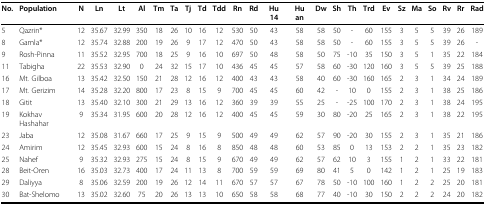
<table><thead><tr><td><b>No.</b></td><td><b>Population</b></td><td><b>N</b></td><td><b>Ln</b></td><td><b>Lt</b></td><td><b>Al</b></td><td><b>Tm</b></td><td><b>Ta</b></td><td><b>Tj</b></td><td><b>Td</b></td><td><b>Tdd</b></td><td><b>Rn</b></td><td><b>Rd</b></td><td><b>Hu 14</b></td><td><b>Hu an</b></td><td><b>Dw</b></td><td><b>Sh</b></td><td><b>Th</b></td><td><b>Trd</b></td><td><b>Ev</b></td><td><b>Sz</b></td><td><b>Ma</b></td><td><b>So</b></td><td><b>Rv</b></td><td><b>Rr</b></td><td><b>Rad</b></td></tr></thead><tbody><tr><td>5</td><td>Qazrin*</td><td>12</td><td>35.67</td><td>32.99</td><td>350</td><td>18</td><td>26</td><td>10</td><td>16</td><td>12</td><td>530</td><td>50</td><td>43</td><td>58</td><td>58</td><td>50</td><td>-</td><td>60</td><td>155</td><td>3</td><td>5</td><td>5</td><td>39</td><td>26</td><td>189</td></tr><tr><td>8</td><td>Gamla*</td><td>12</td><td>35.74</td><td>32.88</td><td>200</td><td>19</td><td>26</td><td>9</td><td>17</td><td>12</td><td>470</td><td>50</td><td>43</td><td>58</td><td>58</td><td>50</td><td>-</td><td>60</td><td>155</td><td>3</td><td>5</td><td>5</td><td>39</td><td>26</td><td>-</td></tr><tr><td>9</td><td>Rosh-Pinna</td><td>11</td><td>35.52</td><td>32.95</td><td>700</td><td>18</td><td>25</td><td>9</td><td>16</td><td>10</td><td>697</td><td>50</td><td>48</td><td>58</td><td>50</td><td>75</td><td>-10</td><td>35</td><td>150</td><td>3</td><td>5</td><td>1</td><td>35</td><td>22</td><td>184</td></tr><tr><td>11</td><td>Tabigha</td><td>22</td><td>35.53</td><td>32.90</td><td>0</td><td>24</td><td>32</td><td>15</td><td>17</td><td>10</td><td>436</td><td>45</td><td>45</td><td>57</td><td>58</td><td>60</td><td>-30</td><td>120</td><td>160</td><td>3</td><td>5</td><td>5</td><td>39</td><td>25</td><td>188</td></tr><tr><td>16</td><td>Mt. Gilboa</td><td>13</td><td>35.42</td><td>32.50</td><td>150</td><td>21</td><td>28</td><td>12</td><td>16</td><td>12</td><td>400</td><td>43</td><td>43</td><td>58</td><td>40</td><td>60</td><td>-30</td><td>160</td><td>165</td><td>2</td><td>3</td><td>1</td><td>34</td><td>24</td><td>189</td></tr><tr><td>17</td><td>Mt. Gerizim</td><td>14</td><td>35.28</td><td>32.20</td><td>800</td><td>17</td><td>23</td><td>8</td><td>15</td><td>9</td><td>700</td><td>45</td><td>45</td><td>60</td><td>42</td><td>-</td><td>10</td><td>0</td><td>155</td><td>2</td><td>3</td><td>1</td><td>38</td><td>25</td><td>186</td></tr><tr><td>18</td><td>Gitit</td><td>13</td><td>35.40</td><td>32.10</td><td>300</td><td>21</td><td>29</td><td>13</td><td>16</td><td>12</td><td>360</td><td>39</td><td>39</td><td>55</td><td>25</td><td>-</td><td>-25</td><td>100</td><td>170</td><td>2</td><td>3</td><td>1</td><td>38</td><td>24</td><td>195</td></tr><tr><td>19</td><td>Kokhav Hashahar</td><td>9</td><td>35.34</td><td>31.95</td><td>600</td><td>20</td><td>28</td><td>12</td><td>16</td><td>12</td><td>400</td><td>45</td><td>45</td><td>59</td><td>30</td><td>80</td><td>-20</td><td>25</td><td>165</td><td>2</td><td>3</td><td>1</td><td>38</td><td>22</td><td>195</td></tr><tr><td>23</td><td>Jaba</td><td>12</td><td>35.08</td><td>31.67</td><td>660</td><td>17</td><td>25</td><td>9</td><td>15</td><td>9</td><td>500</td><td>49</td><td>49</td><td>62</td><td>57</td><td>90</td><td>-20</td><td>30</td><td>155</td><td>2</td><td>3</td><td>1</td><td>35</td><td>21</td><td>186</td></tr><tr><td>24</td><td>Amirim</td><td>12</td><td>35.45</td><td>32.93</td><td>600</td><td>15</td><td>24</td><td>8</td><td>16</td><td>8</td><td>850</td><td>48</td><td>48</td><td>60</td><td>53</td><td>85</td><td>0</td><td>13</td><td>153</td><td>2</td><td>2</td><td>1</td><td>35</td><td>23</td><td>182</td></tr><tr><td>25</td><td>Nahef</td><td>9</td><td>35.32</td><td>32.93</td><td>275</td><td>15</td><td>24</td><td>8</td><td>15</td><td>9</td><td>670</td><td>49</td><td>49</td><td>62</td><td>57</td><td>62</td><td>10</td><td>3</td><td>155</td><td>1</td><td>2</td><td>1</td><td>33</td><td>22</td><td>181</td></tr><tr><td>28</td><td>Beit-Oren</td><td>16</td><td>35.03</td><td>32.73</td><td>400</td><td>17</td><td>24</td><td>11</td><td>13</td><td>8</td><td>700</td><td>59</td><td>59</td><td>69</td><td>80</td><td>41</td><td>5</td><td>0</td><td>142</td><td>1</td><td>2</td><td>1</td><td>25</td><td>19</td><td>183</td></tr><tr><td>29</td><td>Daliyya</td><td>8</td><td>35.06</td><td>32.59</td><td>200</td><td>19</td><td>26</td><td>12</td><td>14</td><td>11</td><td>670</td><td>57</td><td>57</td><td>67</td><td>78</td><td>50</td><td>-10</td><td>100</td><td>160</td><td>1</td><td>2</td><td>2</td><td>25</td><td>20</td><td>181</td></tr><tr><td>30</td><td>Bat-Shelomo</td><td>13</td><td>35.02</td><td>32.60</td><td>75</td><td>20</td><td>26</td><td>13</td><td>13</td><td>10</td><td>650</td><td>58</td><td>58</td><td>68</td><td>77</td><td>40</td><td>-10</td><td>30</td><td>150</td><td>2</td><td>2</td><td>2</td><td>24</td><td>20</td><td>182</td></tr></tbody></table>